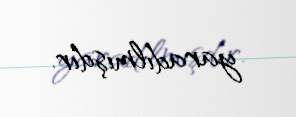
yaradılmışdır.